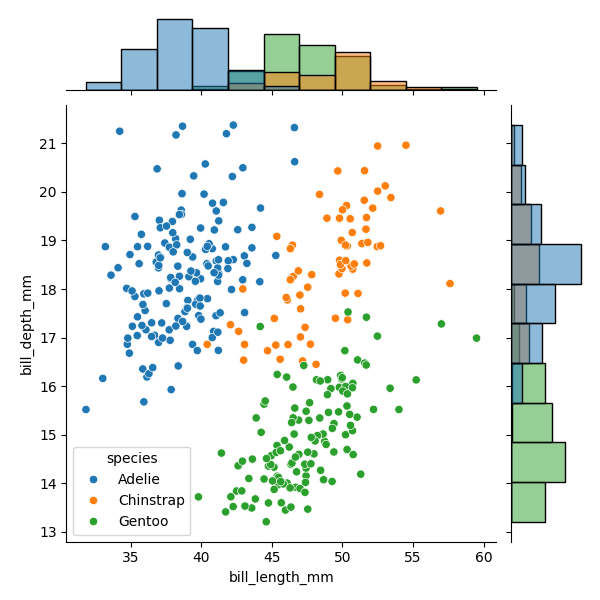
python, seaborn, JointGrid, scatterplot, histplot, hue